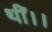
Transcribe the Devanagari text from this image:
थीं।।